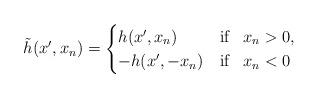
LaTeX: \begin{align*}\tilde{h}(x',x_n)=\begin{cases} h(x', x_n) & \mbox{if }\,\,\, x_n> 0, \\- h(x', -x_n) & \mbox{if }\,\,\, x_n<0 \end{cases}\end{align*}